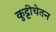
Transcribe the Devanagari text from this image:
कुट्टीचेतन